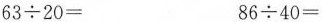
$$6 3 \div 2 0=$$ $$8 6 \div 4 0=$$